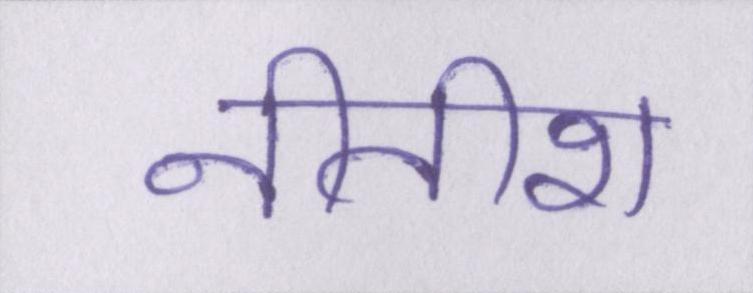
नीतीश